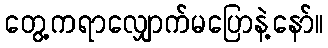
တွေ့ကရာလျှောက်မပြောနဲ့နော်။